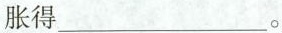
胀得___。